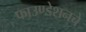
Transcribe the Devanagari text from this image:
फाउण्डेशनचे